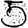
Digit: 5